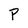
Character: P